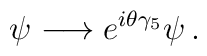
\psi \longrightarrow e^{i\theta\gamma_{5}}\psi\, .